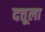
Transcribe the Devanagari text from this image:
दत्तूला